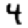
Digit: 4